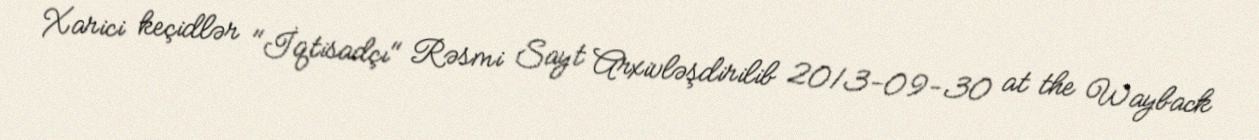
Xarici keçidlər "İqtisadçı" Rəsmi Sayt Arxivləşdirilib 2013-09-30 at the Wayback